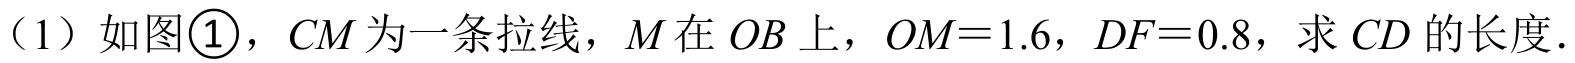
（1）如图\textcircled{1}，$CM$为一条拉线，$M$在$OB$上，$OM = 1.6$，$DF = 0.8$，求$CD$的长度．